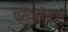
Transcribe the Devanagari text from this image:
प्राकृतपैंगलम्